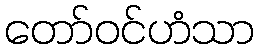
တော်ဝင်ဟံသာ